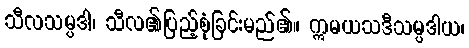
သီလသမ္ပဒါ၊ သီလ၏ပြည့်စုံခြင်းမည်၏။ ဣမယသဒီသမ္ပဒါယ၊